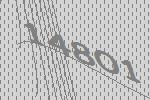
14801